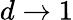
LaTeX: d\rightarrow 1